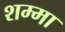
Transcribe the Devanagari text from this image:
शम्मा